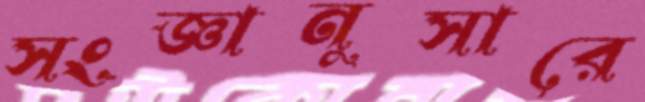
সংজ্ঞানুসারে